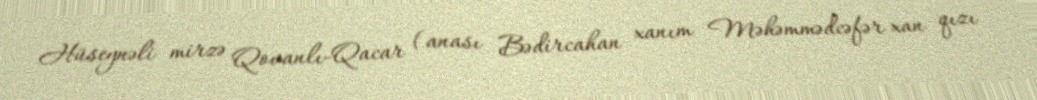
Hüseynəli mirzə Qovanlı-Qacar (anası Bədircahan xanım Məhəmmədcəfər xan qızı